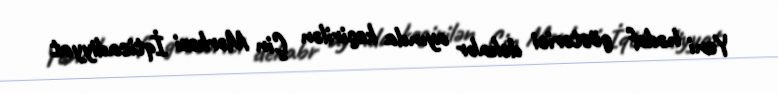
Yeni hədəf göstərici dekabr ayında keçirilən Çin Mərkəzi İqtisadiyyat